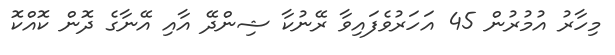
މިހާރު އުމުރުން 45 އަހަރުވެފައިވާ ރޭނުކާ ޝިންދޭ އާއި އޭނާގެ ދޮން ކޮއްކޮ